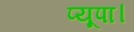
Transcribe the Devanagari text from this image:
प्यूपा।